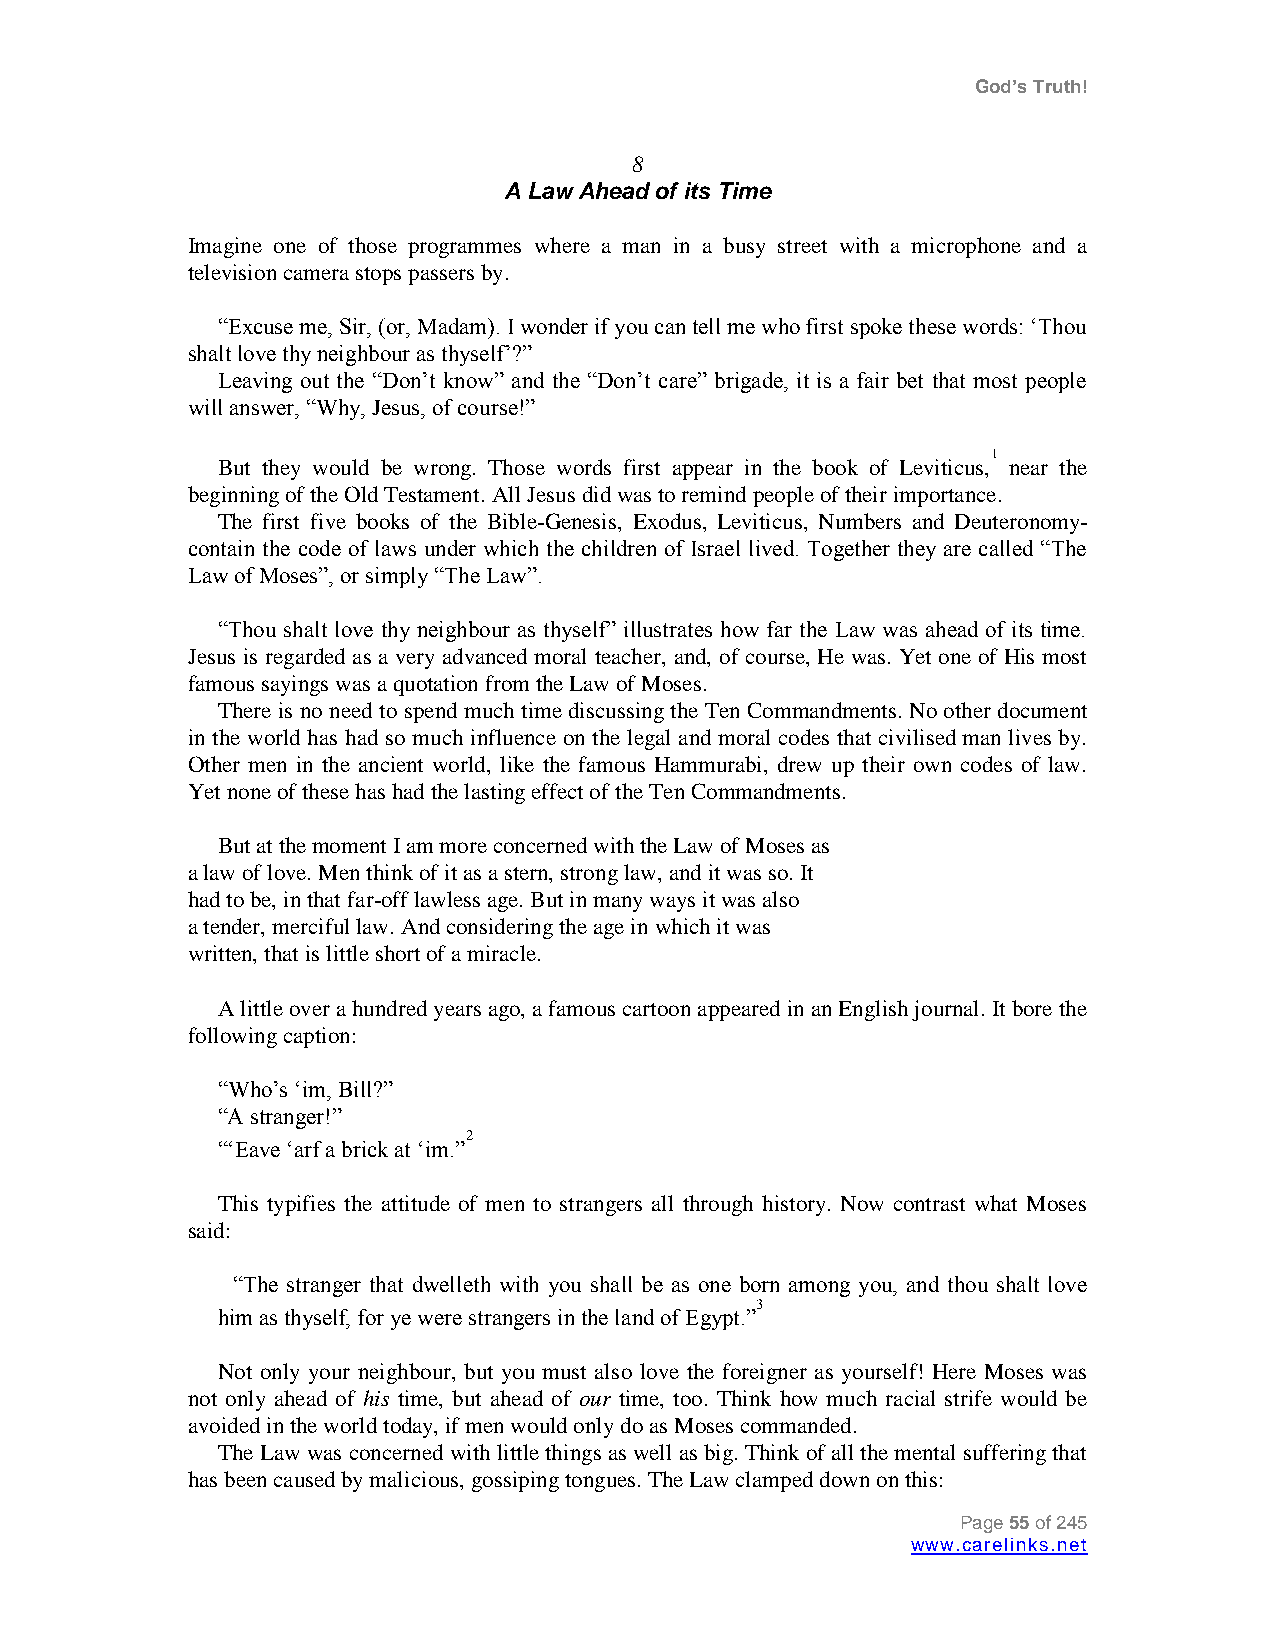
God’s Truth!
 8
 A Law Ahead of its Time
 Imagine one of those programmes where a man in a busy street with a microphone and a
 television camera stops passers by.
 “Excuse me, Sir, (or, Madam). I wonder if you can tell me who first spoke these words: „Thou
 shalt love thy neighbour as thyself‟?”
 Leaving out the “Don‟t know” and the “Don‟t care” brigade, it is a fair bet that most people
 will answer, “Why, Jesus, of course!”
 But they would be wrong. Those words first appear in the book of
 Leviticus,1
 near the
 beginning of the Old Testament. All Jesus did was to remind people of their importance.
 The first five books of the Bible-Genesis, Exodus, Leviticus, Numbers and Deuteronomy-
 contain the code of laws under which the children of Israel lived. Together they are called “The
 Law of Moses”, or simply “The Law”.
 “Thou shalt love thy neighbour as thyself” illustrates how far the Law was ahead of its time.
 Jesus is regarded as a very advanced moral teacher, and, of course, He was. Yet one of His most
 famous sayings was a quotation from the Law of Moses.
 There is no need to spend much time discussing the Ten Commandments. No other document
 in the world has had so much influence on the legal and moral codes that civilised man lives by.
 Other men in the ancient world, like the famous Hammurabi, drew up their own codes of law.
 Yet none of these has had the lasting effect of the Ten Commandments.
 But at the moment I am more concerned with the Law of Moses as
 a law of love. Men think of it as a stern, strong law, and it was so. It
 had to be, in that far-off lawless age. But in many ways it was also
 a tender, merciful law. And considering the age in which it was
 written, that is little short of a miracle.
 A little over a hundred years ago, a famous cartoon appeared in an English journal. It bore the
 following caption:
 “Who‟s „im, Bill?”
 “A stranger!”
 2
 “„Eave „arf a brick at „im.”
 This typifies the attitude of men to strangers all through history. Now contrast what Moses
 said:
 “The stranger that dwelleth with you shall be as one born among you, and thou shalt love
 3
 him as thyself, for ye were strangers in the land of Egypt.”
 Not only your neighbour, but you must also love the foreigner as yourself! Here Moses was
 not only ahead of his time, but ahead of our time, too. Think how much racial strife would be
 avoided in the world today, if men would only do as Moses commanded.
 The Law was concerned with little things as well as big. Think of all the mental suffering that
 has been caused by malicious, gossiping tongues. The Law clamped down on this:
 Page 55 of 245
 www.carelinks.net